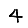
Digit: 4